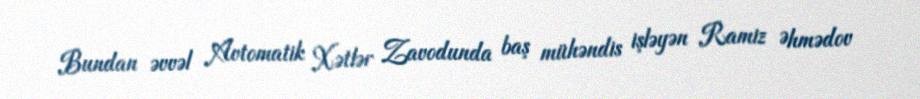
Bundan əvvəl Avtomatik Xətlər Zavodunda baş mühəndis işləyən Ramiz Əhmədov